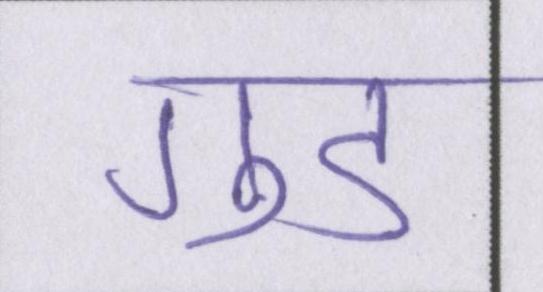
गुड